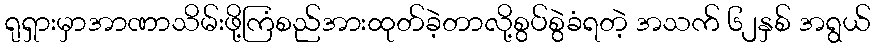
ရုရှားမှာအာဏာသိမ်းဖို့ကြံစည်အားထုတ်ခဲ့တာလို့စွပ်စွဲခံရတဲ့ အသက် ၆၂နှစ် အရွယ်